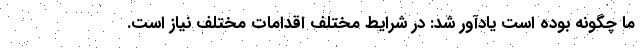
ما چگونه بوده است یادآور شد: در شرایط مختلف اقدامات مختلف نیاز است.